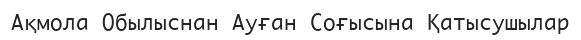
Ақмола Обылыснан Ауған Соғысына Қатысушылар